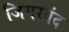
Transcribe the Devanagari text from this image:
जिगरबंद